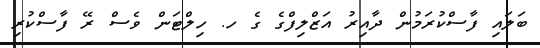
ބަލައި ފާސްކުރަމުން ދާއިރު އަޒްލިފްގެ ގެ ހ. ހިލްޓަން ވެސް ރޭ ފާސްކުރި